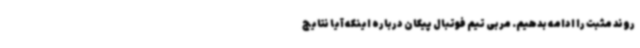
روند مثبت را ادامه بدهیم. مربی تیم فوتبال پیکان درباره اینکه آیا نتایج